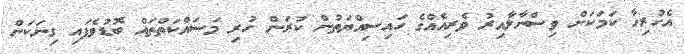
އެހުރިހާ ކަމަކަށް ވިސްނާލާއިރު ވެރިއެއްގެ ހައިސިއްޔަތުން ކުރަން ހުރި މަސައްކަތްތައް ބޮޑުވެފައި ގިނަކަން